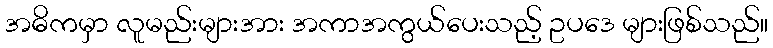
အဓိကမှာ လူမည်းများအား အကာအကွယ်ပေးသည့် ဥပဒေ များဖြစ်သည်။